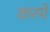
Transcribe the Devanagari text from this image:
करये